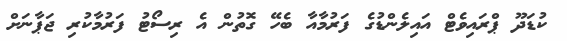
ކުޑަދޫ ޕްރައިވެޓް އައިލެންޑުގެ ފަރުމާއާ ބެހޭ ގޮތުން އެ ރިސޯޓު ފަރުމާކުރި ޖަޕާނަށް